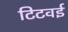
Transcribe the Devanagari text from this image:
टिटवई